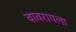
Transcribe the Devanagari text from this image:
वावरायला